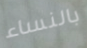
بالنساء